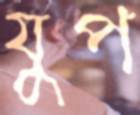
যুপ